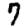
Digit: 7